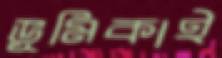
ভূমিকাই